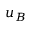
u _ { B }